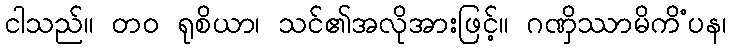
ငါသည်။ တဝ ရုစိယာ၊ သင်၏အလိုအားဖြင့်။ ဂဏှိဿာမိကိံပန၊